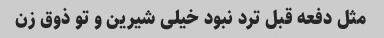
مثل دفعه قبل ترد نبود خیلی شیرین و تو ذوق زن